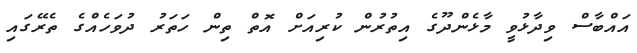
އައްބާސް ވިދާޅުވީ މާޅެންދޫގެ އިތުރުން ކުރިއަށް އޮތް ތިން ހަތަރު ދުވަހެއްގެ ތެރޭގައި